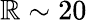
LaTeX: \mathbb{R}\sim20